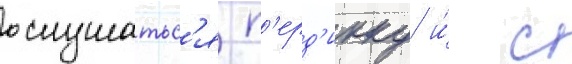
ослушатьс'я п'ерд'икку и́ с